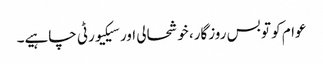
عوام کو تو بس روزگار، خوشحالی اور سیکیورٹی چاہیے۔